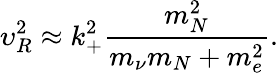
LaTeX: \upsilon_{R}^{2}\approx k_{+}^{2}\frac{m_{N}^{2}}{m_{\nu}m_{N}+m_{e}^{2}}.